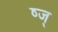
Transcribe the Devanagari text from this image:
ष्ज्